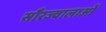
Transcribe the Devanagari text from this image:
सौरज्वालाओं